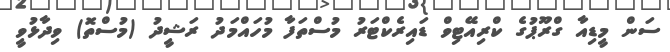
ސަން މީޑިއާ ގްރޫޕުގެ ކްރިއޭޓިވް ޑައިރެކްޓަރު މުސްތަފާ މުހައްމަދު ރަޝީދު (މުސްތޮ) ވިދާޅުވީ